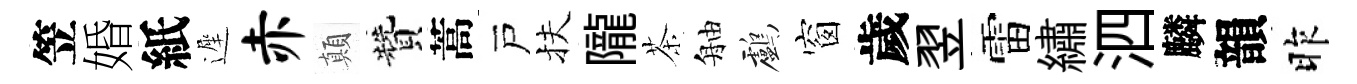
笠婚紙遲赤顛贊蒿戸扶隴茶舳鸕窗歲翌雷繡泗麟韻昨